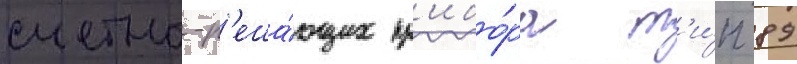
счетно-р'еша́ющих пр'ибо́ра т'и́п 89